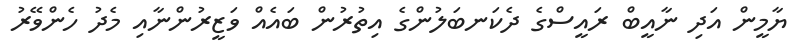
ޔާމީން އަދި ނާއީބް ރައީސްގެ ދެކަނބަލުންގެ އިތުރުން ބައެއް ވަޒީރުންނާއި މެދު ހެންވޭރު